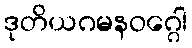
ဒုတိယဂမနဝဂ္ဂေါ